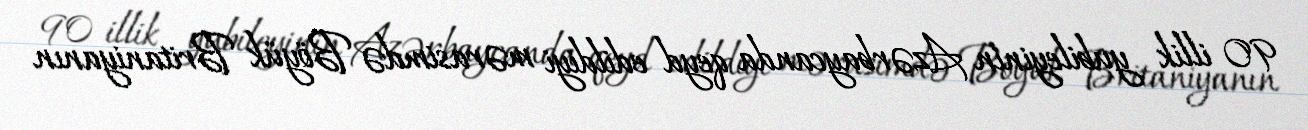
90 illik yubileyinin Azərbaycanda qeyd edildiyi mərasimdə Böyük Britaniyanın